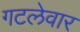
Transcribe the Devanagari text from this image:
गटलेवार